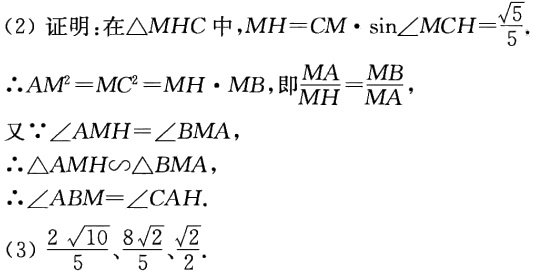
（2）证明：在\(\triangle MHC\)中，\(MH = CM\cdot\sin\angle MCH=\frac{\sqrt{5}}{5}\).

\(\therefore AM^{2}=MC^{2}=MH\cdot MB\)，即\(\frac{MA}{MH}=\frac{MB}{MA}\)，

又\(\because\angle AMH = \angle BMA\)，

\(\therefore\triangle AMH\sim\triangle BMA\)，

\(\therefore\angle ABM=\angle CAH\).

（3）\(\frac{2\sqrt{10}}{5}\)、\(\frac{8\sqrt{2}}{5}\)、\(\frac{\sqrt{2}}{2}\).